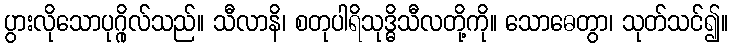
ပွားလိုသောပုဂ္ဂိုလ်သည်။ သီလာနိ၊ စတုပါရိသုဒ္ဓိသီလတို့ကို။ သောဓေတွာ၊ သုတ်သင်၍။